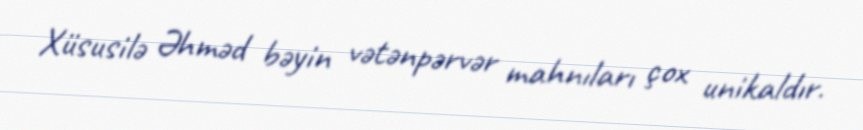
Xüsusilə Əhməd bəyin vətənpərvər mahnıları çox unikaldır.